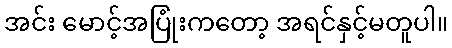
အင်း မောင့်အပြုံးကတော့ အရင်နှင့်မတူပါ။